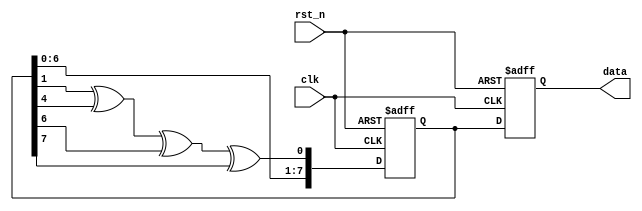
module lfsr (
    input clk,
    input rst_n,
    output reg [7:0] data
);

reg [7:0] state = 8'b10001010;

always @(posedge clk or negedge rst_n) begin
    if (~rst_n) begin
        state <= 8'b10001010;
        data <= 8'b10001010;
    end else begin
        state <= {state[6:0], state[1]^state[4]^state[6]^state[7]};
        data <= state;
    end
end

endmodule